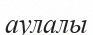
аулалы